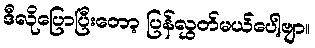
ဒီလိုပြောပြီးတော့ ပြန်လွှတ်မယ်ပေါ့ဗျာ။